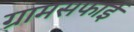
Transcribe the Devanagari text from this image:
ग्रामसफाई